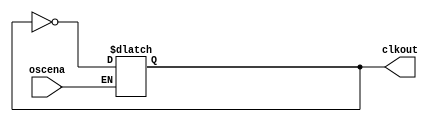
module  cycloneive_oscillator
    (
    oscena,
    clkout
    );
    parameter lpm_type = "cycloneive_oscillator";
    input oscena;
    output clkout;
// LOCAL_PARAMETERS_BEGIN
    parameter OSC_PW = 6250; // fixed 80HZ running clock
// LOCAL_PARAMETERS_END
    // INTERNAL wire
    reg int_osc; // internal oscillator
    specify
        (posedge oscena => (clkout +: 1'b1)) = (0, 0);
    endspecify
    initial
        int_osc = 1'b0;
    always @(int_osc or oscena)
    begin
        if (oscena == 1'b1)
            int_osc <= #OSC_PW ~int_osc;
    end
    and (clkout, int_osc, 1'b1);
endmodule